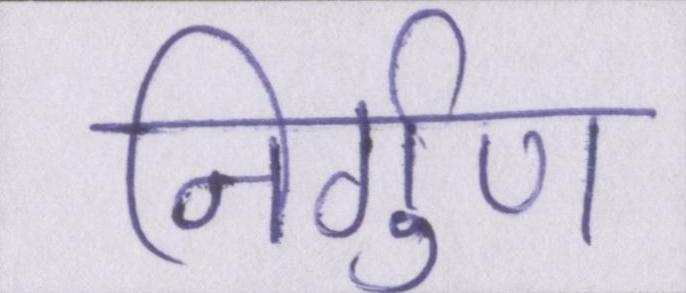
निर्गुण